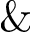
\mathrm { \& }